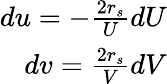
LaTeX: \begin{array}{r}{du=-\frac{2r_{s}}{U}dU}\\ {dv=\frac{2r_{s}}{V}dV}\end{array}